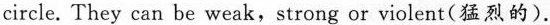
circle. They can be weak, strong or violent(猛烈的).